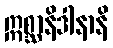
ဣစ္ဆာနိဒါနာနိ